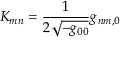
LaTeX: { \cal K } _ { m n } = \frac { 1 } { 2 \sqrt { - g _ { 0 0 } } } g _ { n m , 0 }